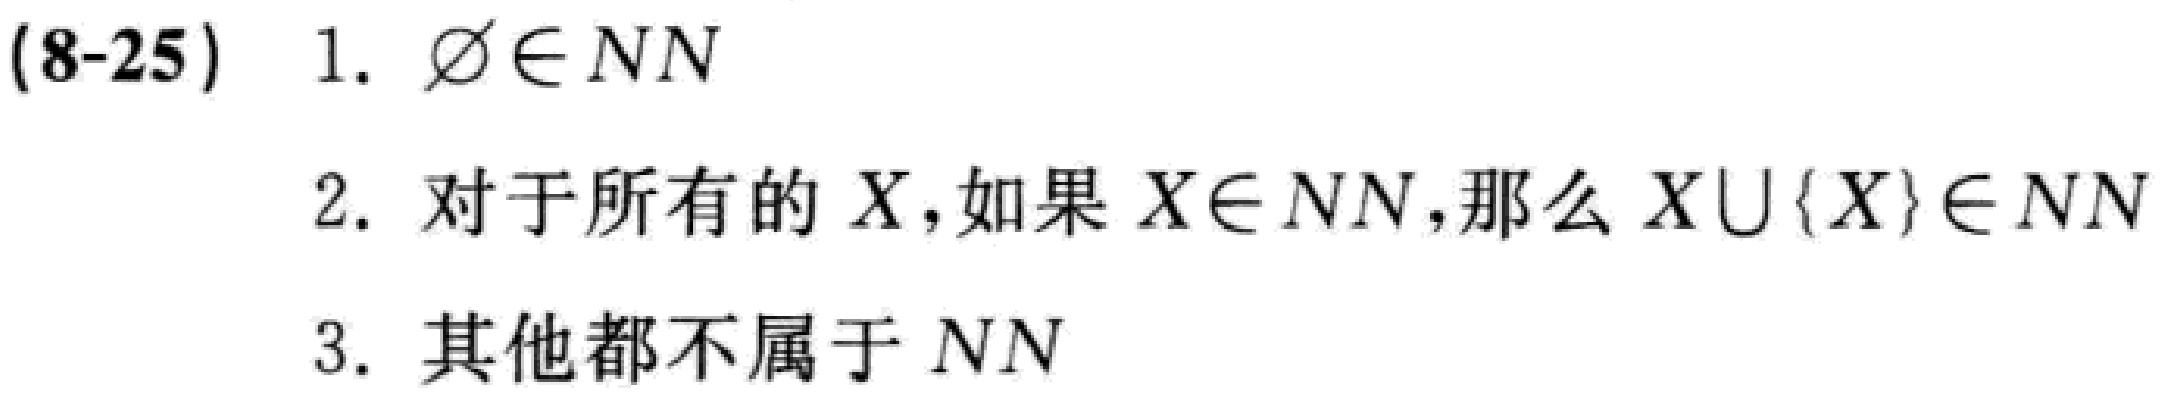
(8-25)

1. $\varnothing\in NN$

2. 对于所有的 \(X\)，如果 \(X\in NN\)，那么 \(X\cup\{X\}\in NN\)

3. 其他都不属于 \(NN\)